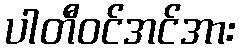
ပါတီဝင်အင်အား